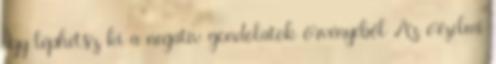
Így léphetsz ki a negatív gondolatok örvényéből Az érzelmi